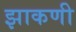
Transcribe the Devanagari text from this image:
झाकणी